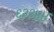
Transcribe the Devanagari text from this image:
६२३४४